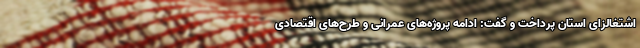
اشتغالزای استان پرداخت و گفت: ادامه پروژه‌های عمرانی و طرح‌های اقتصادی